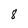
Character: 8